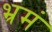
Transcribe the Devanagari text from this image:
भ्रमं